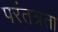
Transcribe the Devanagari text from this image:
परंतत्रता